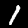
Label: 1